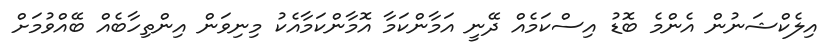
އިލެކްޝަނުން އެންމެ ބޮޑު އިސްކަމެއް ދޭނީ އަމާންކަމާ އޮމާންކަމާއެކު މިނިވަން އިންތިހާބެއް ބޭއްވުމަށް